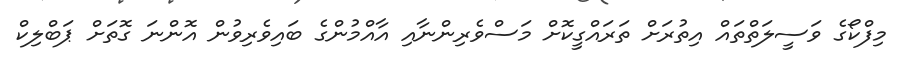
މިފްކޯގެ ވަސީލަތްތައް އިތުރަށް ތަރައްގީކޮށް މަސްވެރިންނާއި އާއްމުންގެ ބައިވެރިވުން އޮންނަ ގޮތަށް ޕަބްލިކް